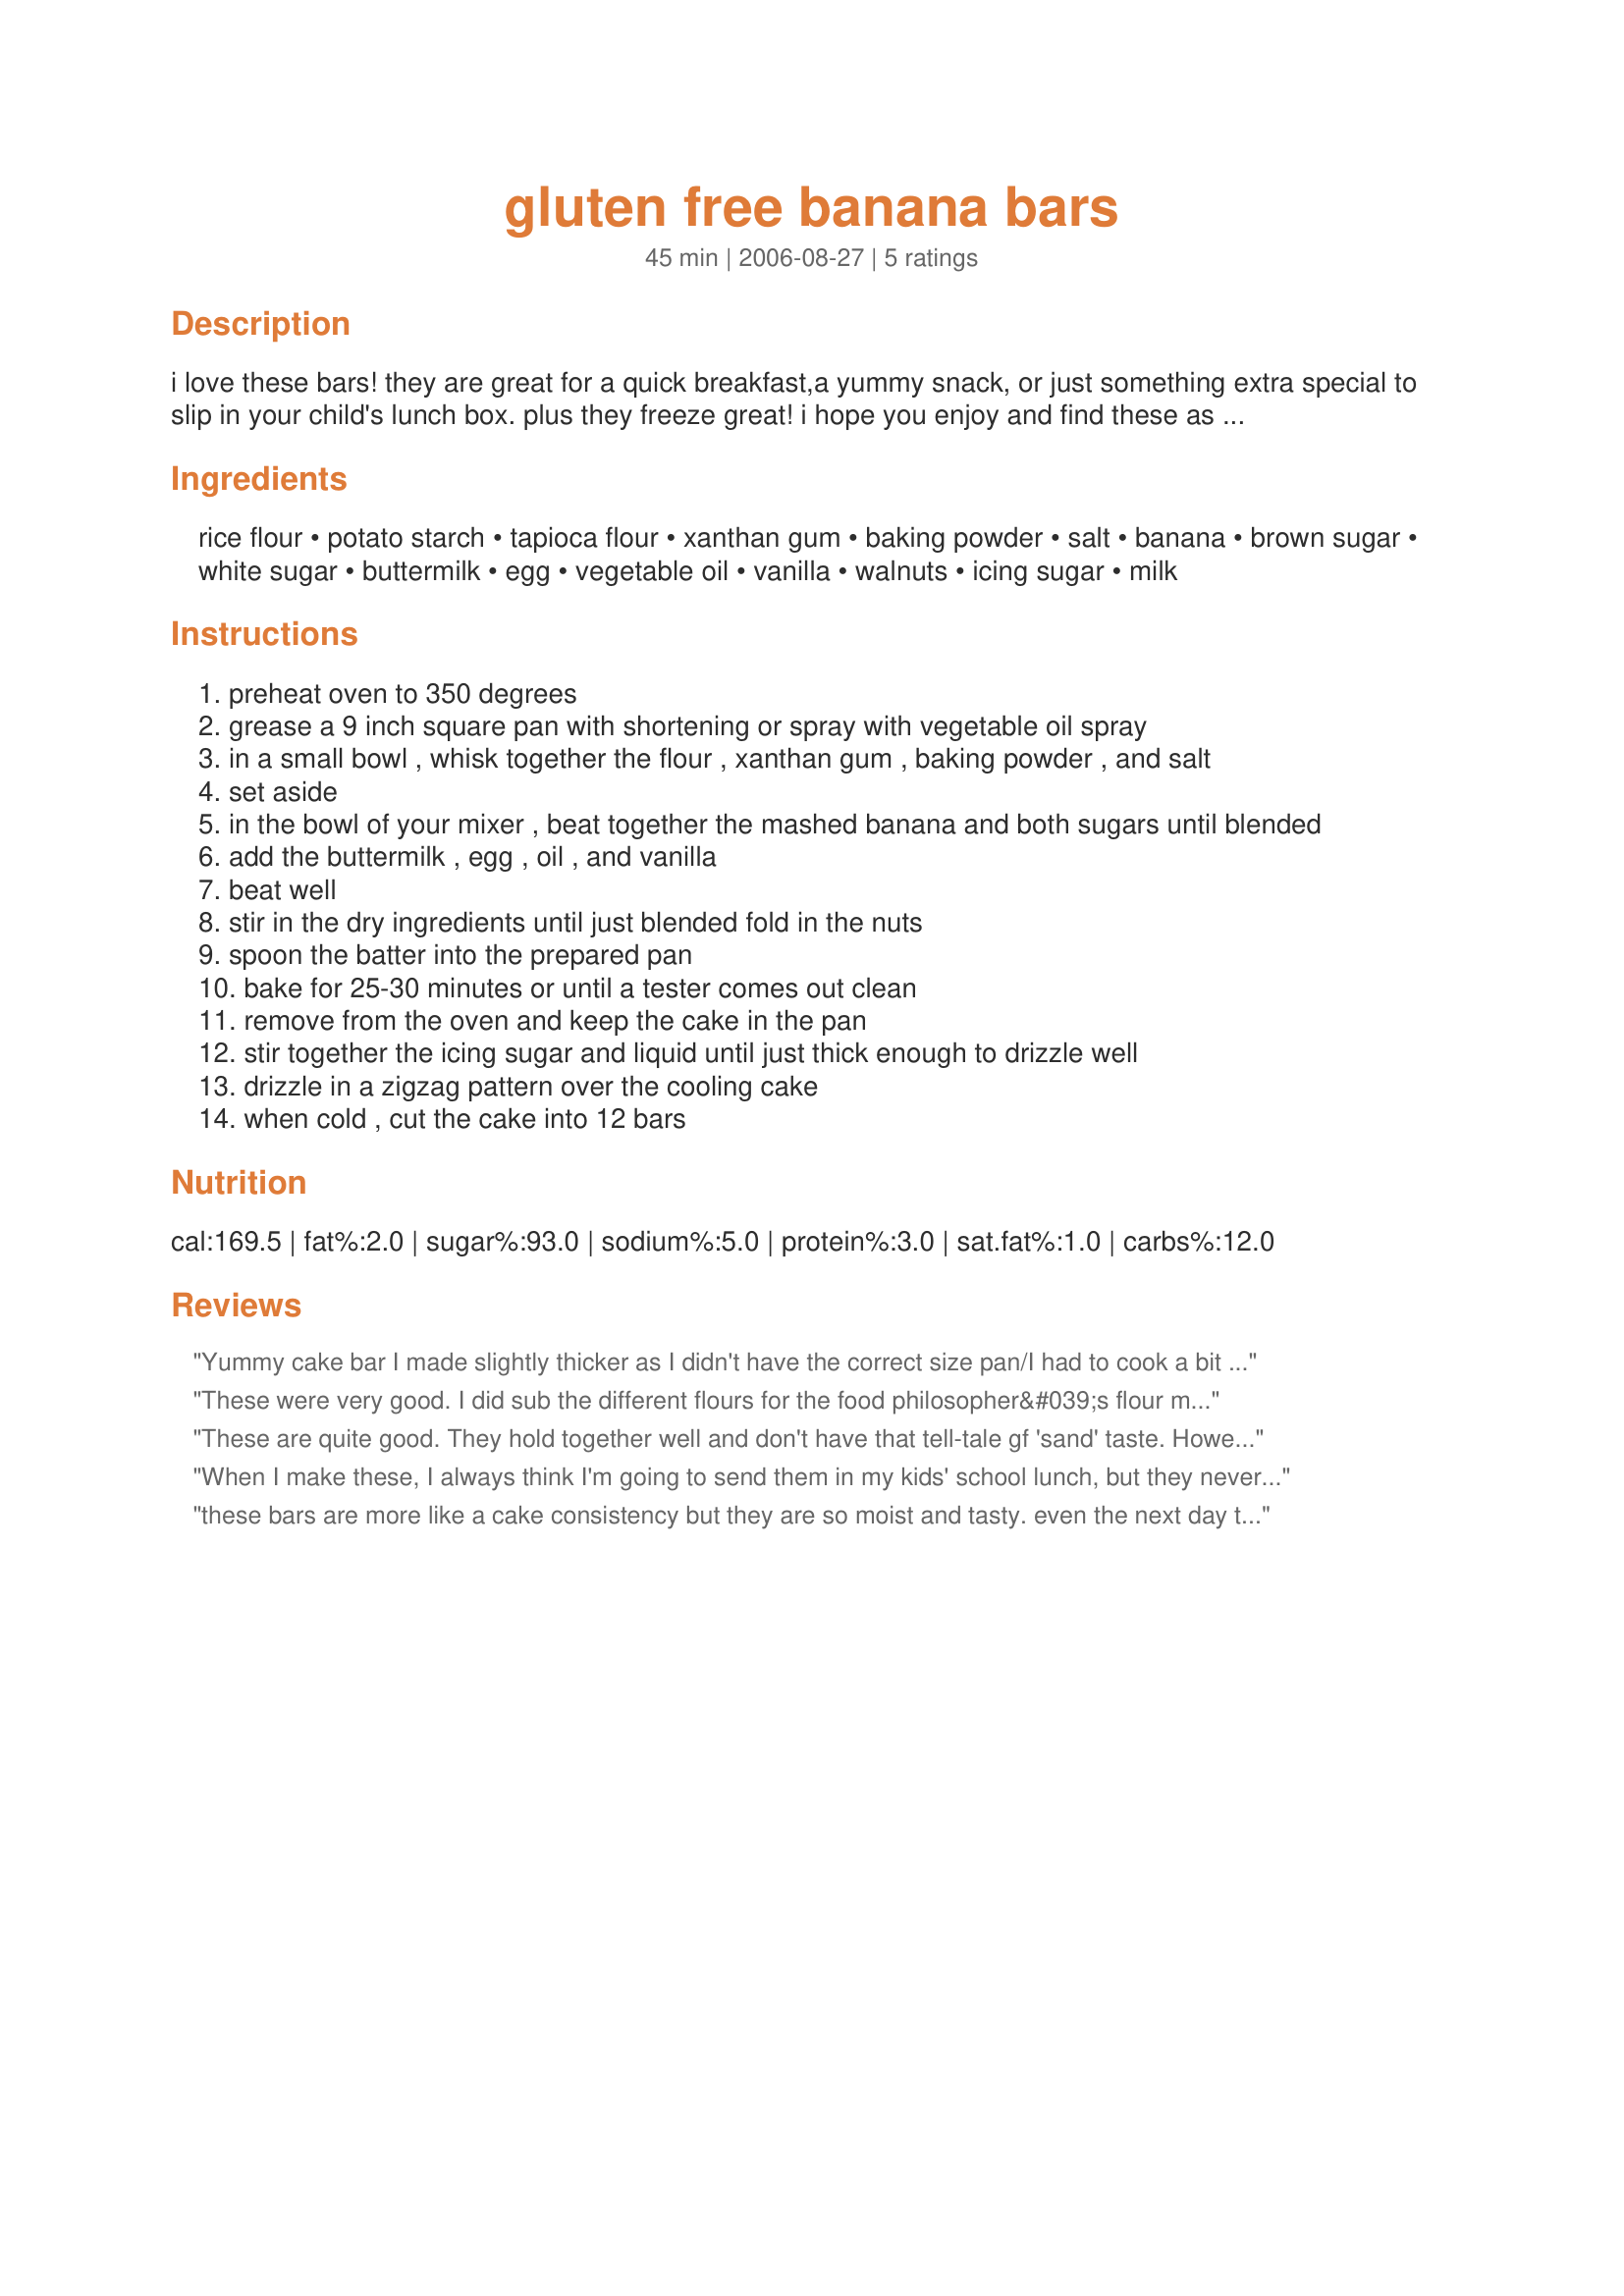
gluten free banana bars
Preparation time: 45 minutes

i love these bars! they are great for a quick breakfast,a yummy snack, or just something extra special to slip in your child's lunch box. plus they freeze great! i hope you enjoy and find these as handy as i do!enjoy!

Ingredients:
rice flour, potato starch, tapioca flour, xanthan gum, baking powder, salt, banana, brown sugar, white sugar, buttermilk, egg, vegetable oil, vanilla, walnuts, icing sugar, milk

Steps:
preheat oven to 350 degrees
grease a 9 inch square pan with shortening or spray with vegetable oil spray
in a small bowl , whisk together the flour , xanthan gum , baking powder , and salt
set aside
in the bowl of your mixer , beat together the mashed banana and both sugars until blended
add the buttermilk , egg , oil , and vanilla
beat well
stir in the dry ingredients until just blended fold in the nuts
spoon the batter into the prepared pan
bake for 25-30 minutes or until a tester comes out clean
remove from the oven and keep the cake in the pan
stir together the icing sugar and liquid until just thick enough to drizzle well
drizzle in a zigzag pattern over the cooling cake
when cold , cut the cake into 12 bars

Reviews:
Yummy cake bar I made slightly thicker as I didn't have the correct size pan/I had to cook a bit longer. I agree with another reviewer that the banana flavour is pretty subtle and I did use ripe bananas but not black ones. I used guar gum to replace the xanthan gum as we are corn free, 1 tbs apple cider vinegar mixed last with the wet ingredients and 1 tsp baking soda instead of baking powder which I can't find to fit our diet (no corn & no cream of tartar), sea salt, yogurt instead of buttermilk, canola oil to be soy free, halal vanilla paste, the optional walnuts, and drizzled with orange juice/crushed white sugar in my mortar and pestle to be corn free once again. I may make this again to use up ripe bananas.
These were very good. I did sub the different flours for the food philosopher&#039;s flour mix I have premixed in the freezer. They were very good snack bars my husband who is not a fan of bananas baked goods really liked them. I did cut the sugar to 3/4 cup brown sugar no white sugar, I also used pecans and I used 3 bananas to make a cup. I also subed 1 tsp gelatin for the xanthan gum. I will definetly be making these again. I did not have a problem with them being tough and I thought the banana flavor was great. I did decrease the vanilla to 1 tsp . They stayed moist for about 5 days in the fridge.
These are quite good. They hold together well and don't have that tell-tale gf 'sand' taste. However, they are a little tough and the banana flavour isn't as strong as I would like it to be. But still a nice tasty treat! I frosted some with melted chocolate chips and some with melted yogurt chips - I liked the yogurt one better, but my mum like the chocolate.
When I make these, I always think I'm going to send them in my kids' school lunch, but they never last that long! The two boys can finish off a pan in one evening! I've never bothered to frost them, they're so moist and good on their own I didn't think they needed it.
these bars are more like a cake consistency but they are so moist and tasty. even the next day they stayed soft and sweet. I was surprised that they didn't get tough at all.
